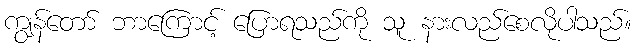
ကျွန်တော် ဘာကြောင့် ပြောရသည်ကို သူ နားလည်စေလိုပါသည်။